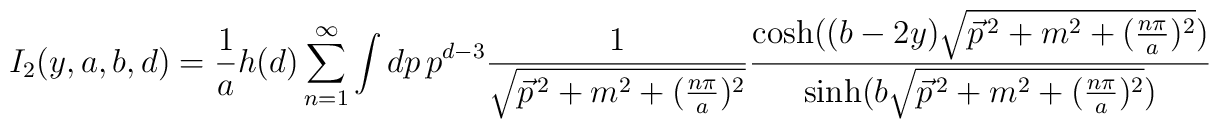
I_{2}(y,a,b,d)=\frac{1}{a}h(d)\sum_{n=1}^{\infty }\int dp\,p^{d-3}\frac{1}{\sqrt{\vec{p}^{\,2}+m^{2}+(\frac{n\pi }{a})^{2}}}\frac{\cosh ((b-2y)\sqrt{\vec{p}^{\,2}+m^{2}+(\frac{n\pi }{a})^{2}})}{\sinh (b\sqrt{\vec{p}^{\,2}+m^{2}+(\frac{n\pi }{a})^{2}})}